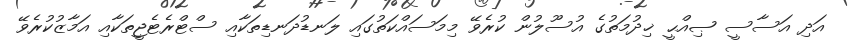
އަދި އަސާސީ ޞިއްޙީ ޚިދުމަތުގެ އުސޫލުން ކުރެވޭ މިމަސައްކަތުގައި ލަނޑުދަނޑިތަކާއި ސްޓްރެޓެޖީތަކާއި އަމާޒުކުރެވޭ